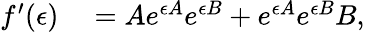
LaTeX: \begin{array}{rl}{f^{\prime}(\epsilon)}&{{}=Ae^{\epsilon A}e^{\epsilon B}+e^{\epsilon A}e^{\epsilon B}B,}\end{array}